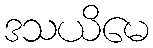
ဒသယိမေ